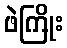
ဖဲကြိုး